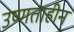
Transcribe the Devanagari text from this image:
उष्णताहीन